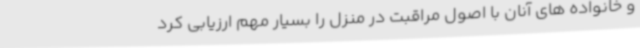
و خانواده های آنان با اصول مراقبت در منزل را بسیار مهم ارزیابی کرد